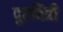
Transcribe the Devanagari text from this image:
दूरचित्री